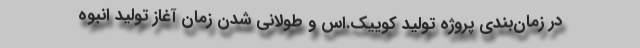
در زمان‌بندی پروژه تولید کوییک.اس و طولانی شدن زمان آغاز تولید انبوه